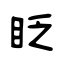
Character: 眨